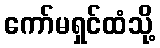
ကော်မရှင်ထံသို့